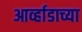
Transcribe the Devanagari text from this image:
आर्व्हाडाच्या